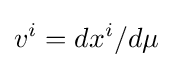
v^{i}=dx^{i}/d\mu